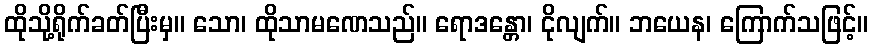
ထိုသို့ရိုက်ခတ်ပြီးမှ။ သော၊ ထိုသာမဏေသည်။ ရောဒန္တော၊ ငိုလျက်။ ဘယေန၊ ကြောက်သဖြင့်။